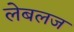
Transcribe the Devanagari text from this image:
लेबलज